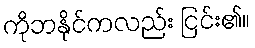
ကိုဘနိုင်ကလည်း ငြင်း၏။